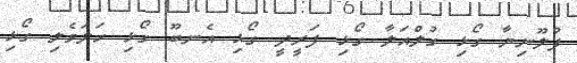
ފުލޫނިޔާ ގޯޅި ގުލްއަލާ ގޯޅި ފަރީދީ ގޯޅި އެނބޫ ގޯޅި ހަލަވެލި ގޯޅި